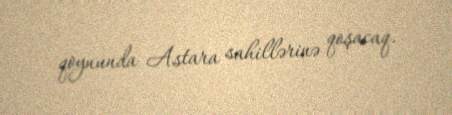
qoynunda Astara sahillərinə qoşacaq.